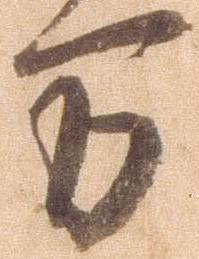
万